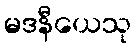
မဒနီယေသု